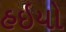
હઇયો